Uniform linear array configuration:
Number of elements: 64
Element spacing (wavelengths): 1
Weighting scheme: blackman
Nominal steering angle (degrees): -45
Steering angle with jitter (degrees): -46.918
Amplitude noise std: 0.05
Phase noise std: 0.05

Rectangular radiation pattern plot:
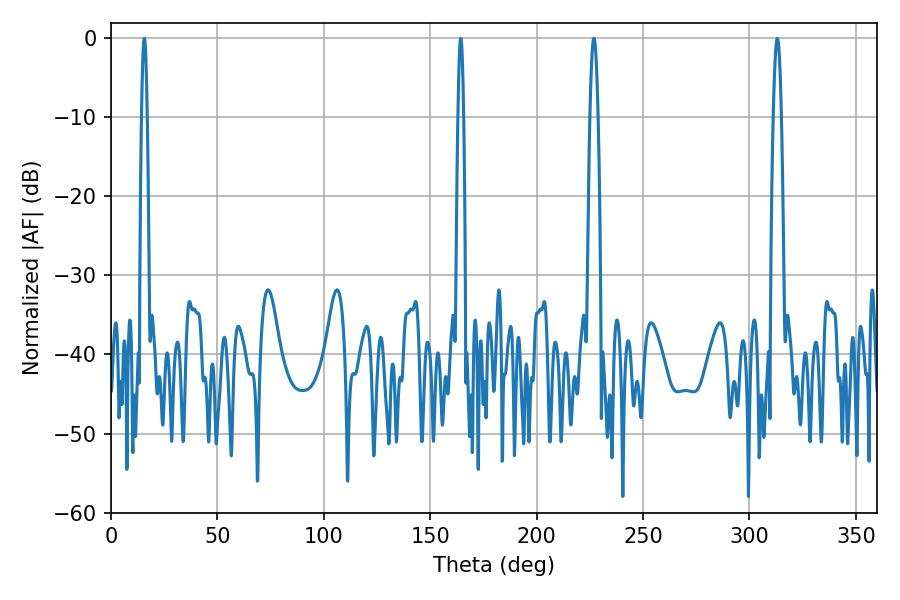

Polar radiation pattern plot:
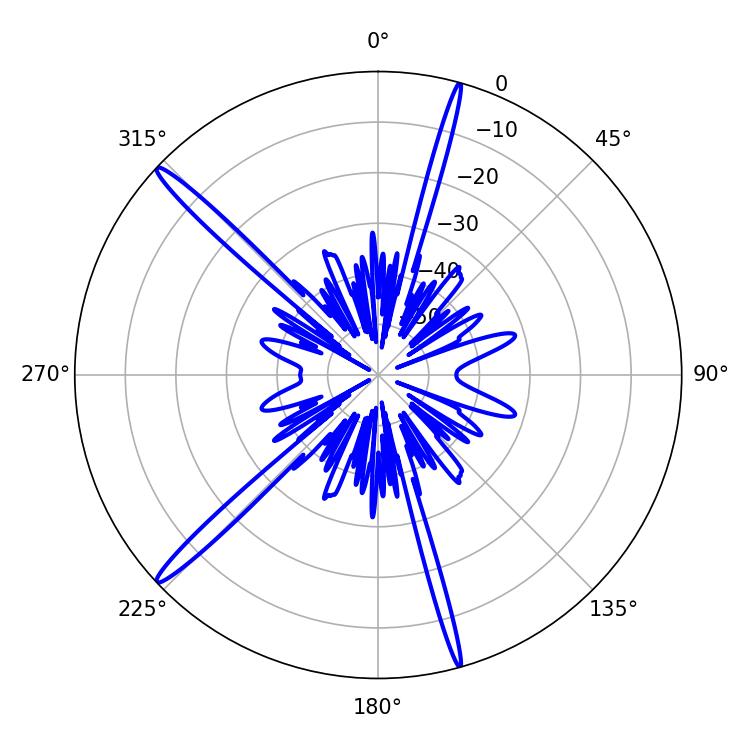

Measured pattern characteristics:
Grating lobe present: TRUE
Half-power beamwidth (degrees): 1.44
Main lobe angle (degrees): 15.66